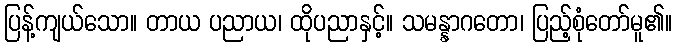
ပြန့်ကျယ်သော။ တာယ ပညာယ၊ ထိုပညာနှင့်။ သမန္နာဂတော၊ ပြည့်စုံတော်မူ၏။